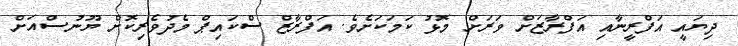
ދިޔައީ އަފްރީނާއި އަފްރާޒަށް ވަރަށް މޮޅު ކަމަކަށެވެ. އަފްރާޒް ސްކައިޕް މެދުވެރިކޮށް ޔޫނުސްއަށް